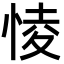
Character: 㥄